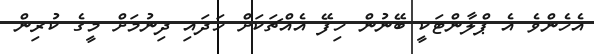
އެހެންވެ އެ ޕްލާންޓަކީ ބޭނުން ހިފޭ އެއްޗަކަށް ހަދައި ދިނުމަށް މީގެ ކުރިން